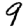
Digit: 9